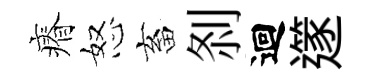
瘠怒畜𠛴迴𨗹